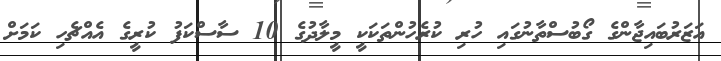
އަޒަރުބައިޖާންގެ ގޯބުސްތާނުގައި ހުރި ކުރެހުންތަކަކީ މީލާދުގެ 10 ސާސްކަފު ކުރީގެ އެއްޗެހި ކަމަށް